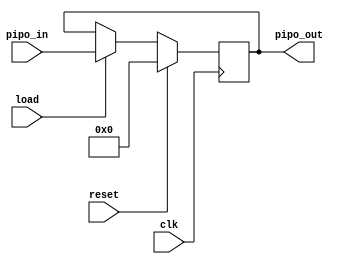

module PIPO (clk,reset,pipo_in,load,pipo_out);

input clk;
input reset;
input [3:0] pipo_in;
input load;
output reg [3:0] pipo_out;


always @(posedge clk)
begin
    if (reset)
    begin
        pipo_out <= 4'b0000;
    end
    else if (load)
    begin
        pipo_out <= pipo_in;
    end
end

endmodule